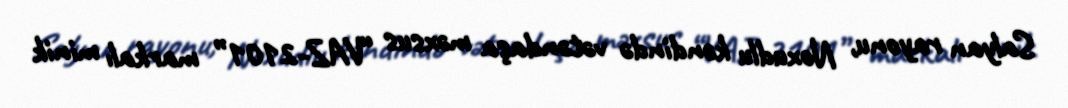
Salyan rayonu, Noxudlu kəndində vətəndaşa məxsus “VAZ-2101” markalı minik